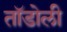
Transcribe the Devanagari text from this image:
तॉडोली